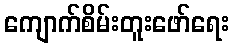
ကျောက်စိမ်းတူးဖော်ရေး